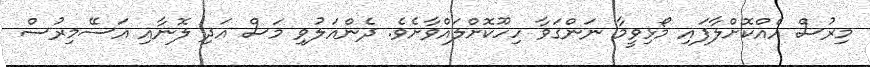
މިރުސް އެއްކޮށްލާފައި މޯޅިވީމާ ނަންގަވާ ހިހޫކޮށްލައްވާށެވެ. ދެންއަލުވި މަސް އަދި ލޮނާއި އަސޭމިރުސް